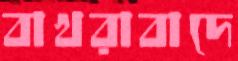
বাখরাবাদে